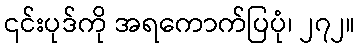
၎င်းပုဒ်ကို အရကောက်ပြပုံ၊ ၂၇၂။